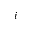
i